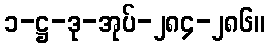
၁-ဋ္ဌ-ဒု-အုပ်-၂၈၄-၂၈၆။